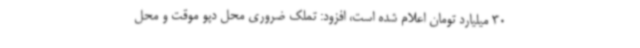
30 میلیارد تومان اعلام شده است، افزود: تملک ضروری محل دپو موقت و محل